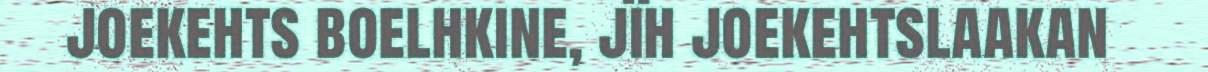
joekehts boelhkine, jïh joekehtslaakan